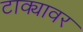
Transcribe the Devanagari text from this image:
टाक्यावर